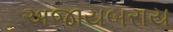
અજાયબરાય